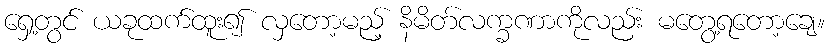
ရှေ့တွင် ယခုထက်ထူး၍ လှတော့မည့် နိမိတ်လက္ခဏာကိုလည်း မတွေ့ရတော့ချေ။